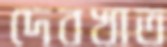
দেবখাত